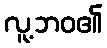
လူ့ဘဝ၏